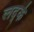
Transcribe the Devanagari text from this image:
लद्के